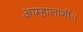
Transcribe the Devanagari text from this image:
आम्हालागीं॥